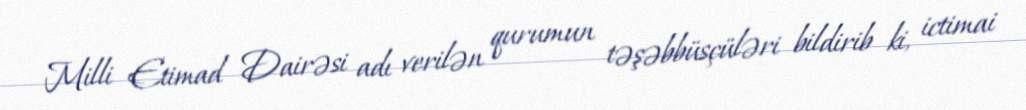
Milli Etimad Dairəsi adı verilən qurumun təşəbbüsçüləri bildirib ki, ictimai